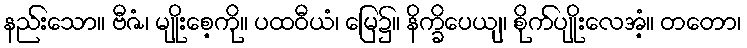
နည်းသော။ ဗီဇံ၊ မျိုးစေ့ကို။ ပထဝီယံ၊ မြေ၌။ နိက္ခိပေယျ၊ စိုက်ပျိုးလေအံ့။ တတော၊